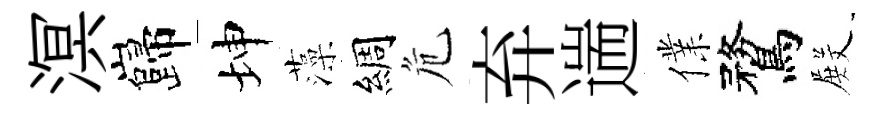
溟巋坤藻綢危弃遄㒒鶩𭮺